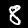
Digit: 8